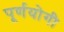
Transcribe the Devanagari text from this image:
पूर्णयोगी